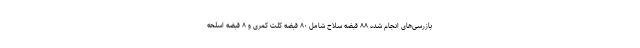
بازرسی‌های انجام شده ۸۸ قبضه سلاح شامل ۸۰ قبضه کلت کمری و ۸ قبضه اسلحه